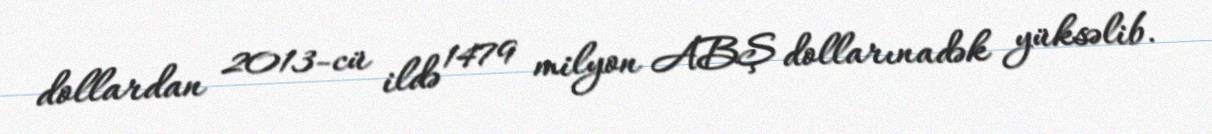
dollardan 2013-cü ildə 1479 milyon ABŞ dollarınadək yüksəlib.